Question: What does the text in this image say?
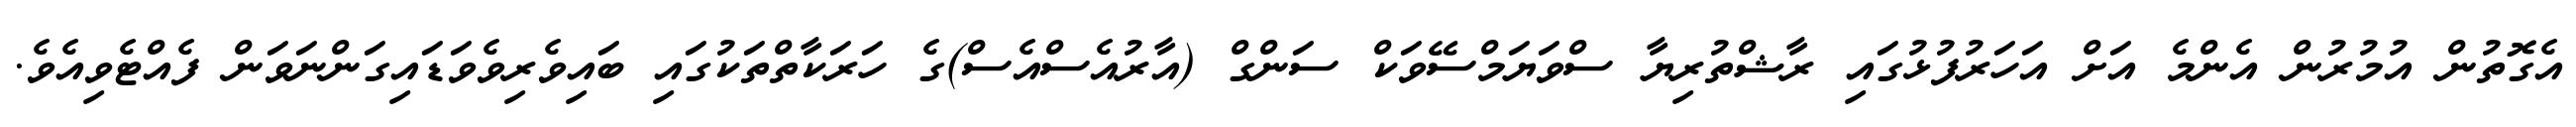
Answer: އެގޮތުން އުމުރުން އެންމެ އަށް އަހަރުފުޅުގައި ރާޝްތުރިޔާ ސްވަޔަމްސޭވަކް ސަންގް (އާރުއެސްއެސް)ގެ ހަރަކާތްތަކުގައި ބައިވެރިވެވަޑައިގަންނަވަން ފެއްޓެވިއެވެ.